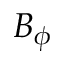
B _ { \phi }